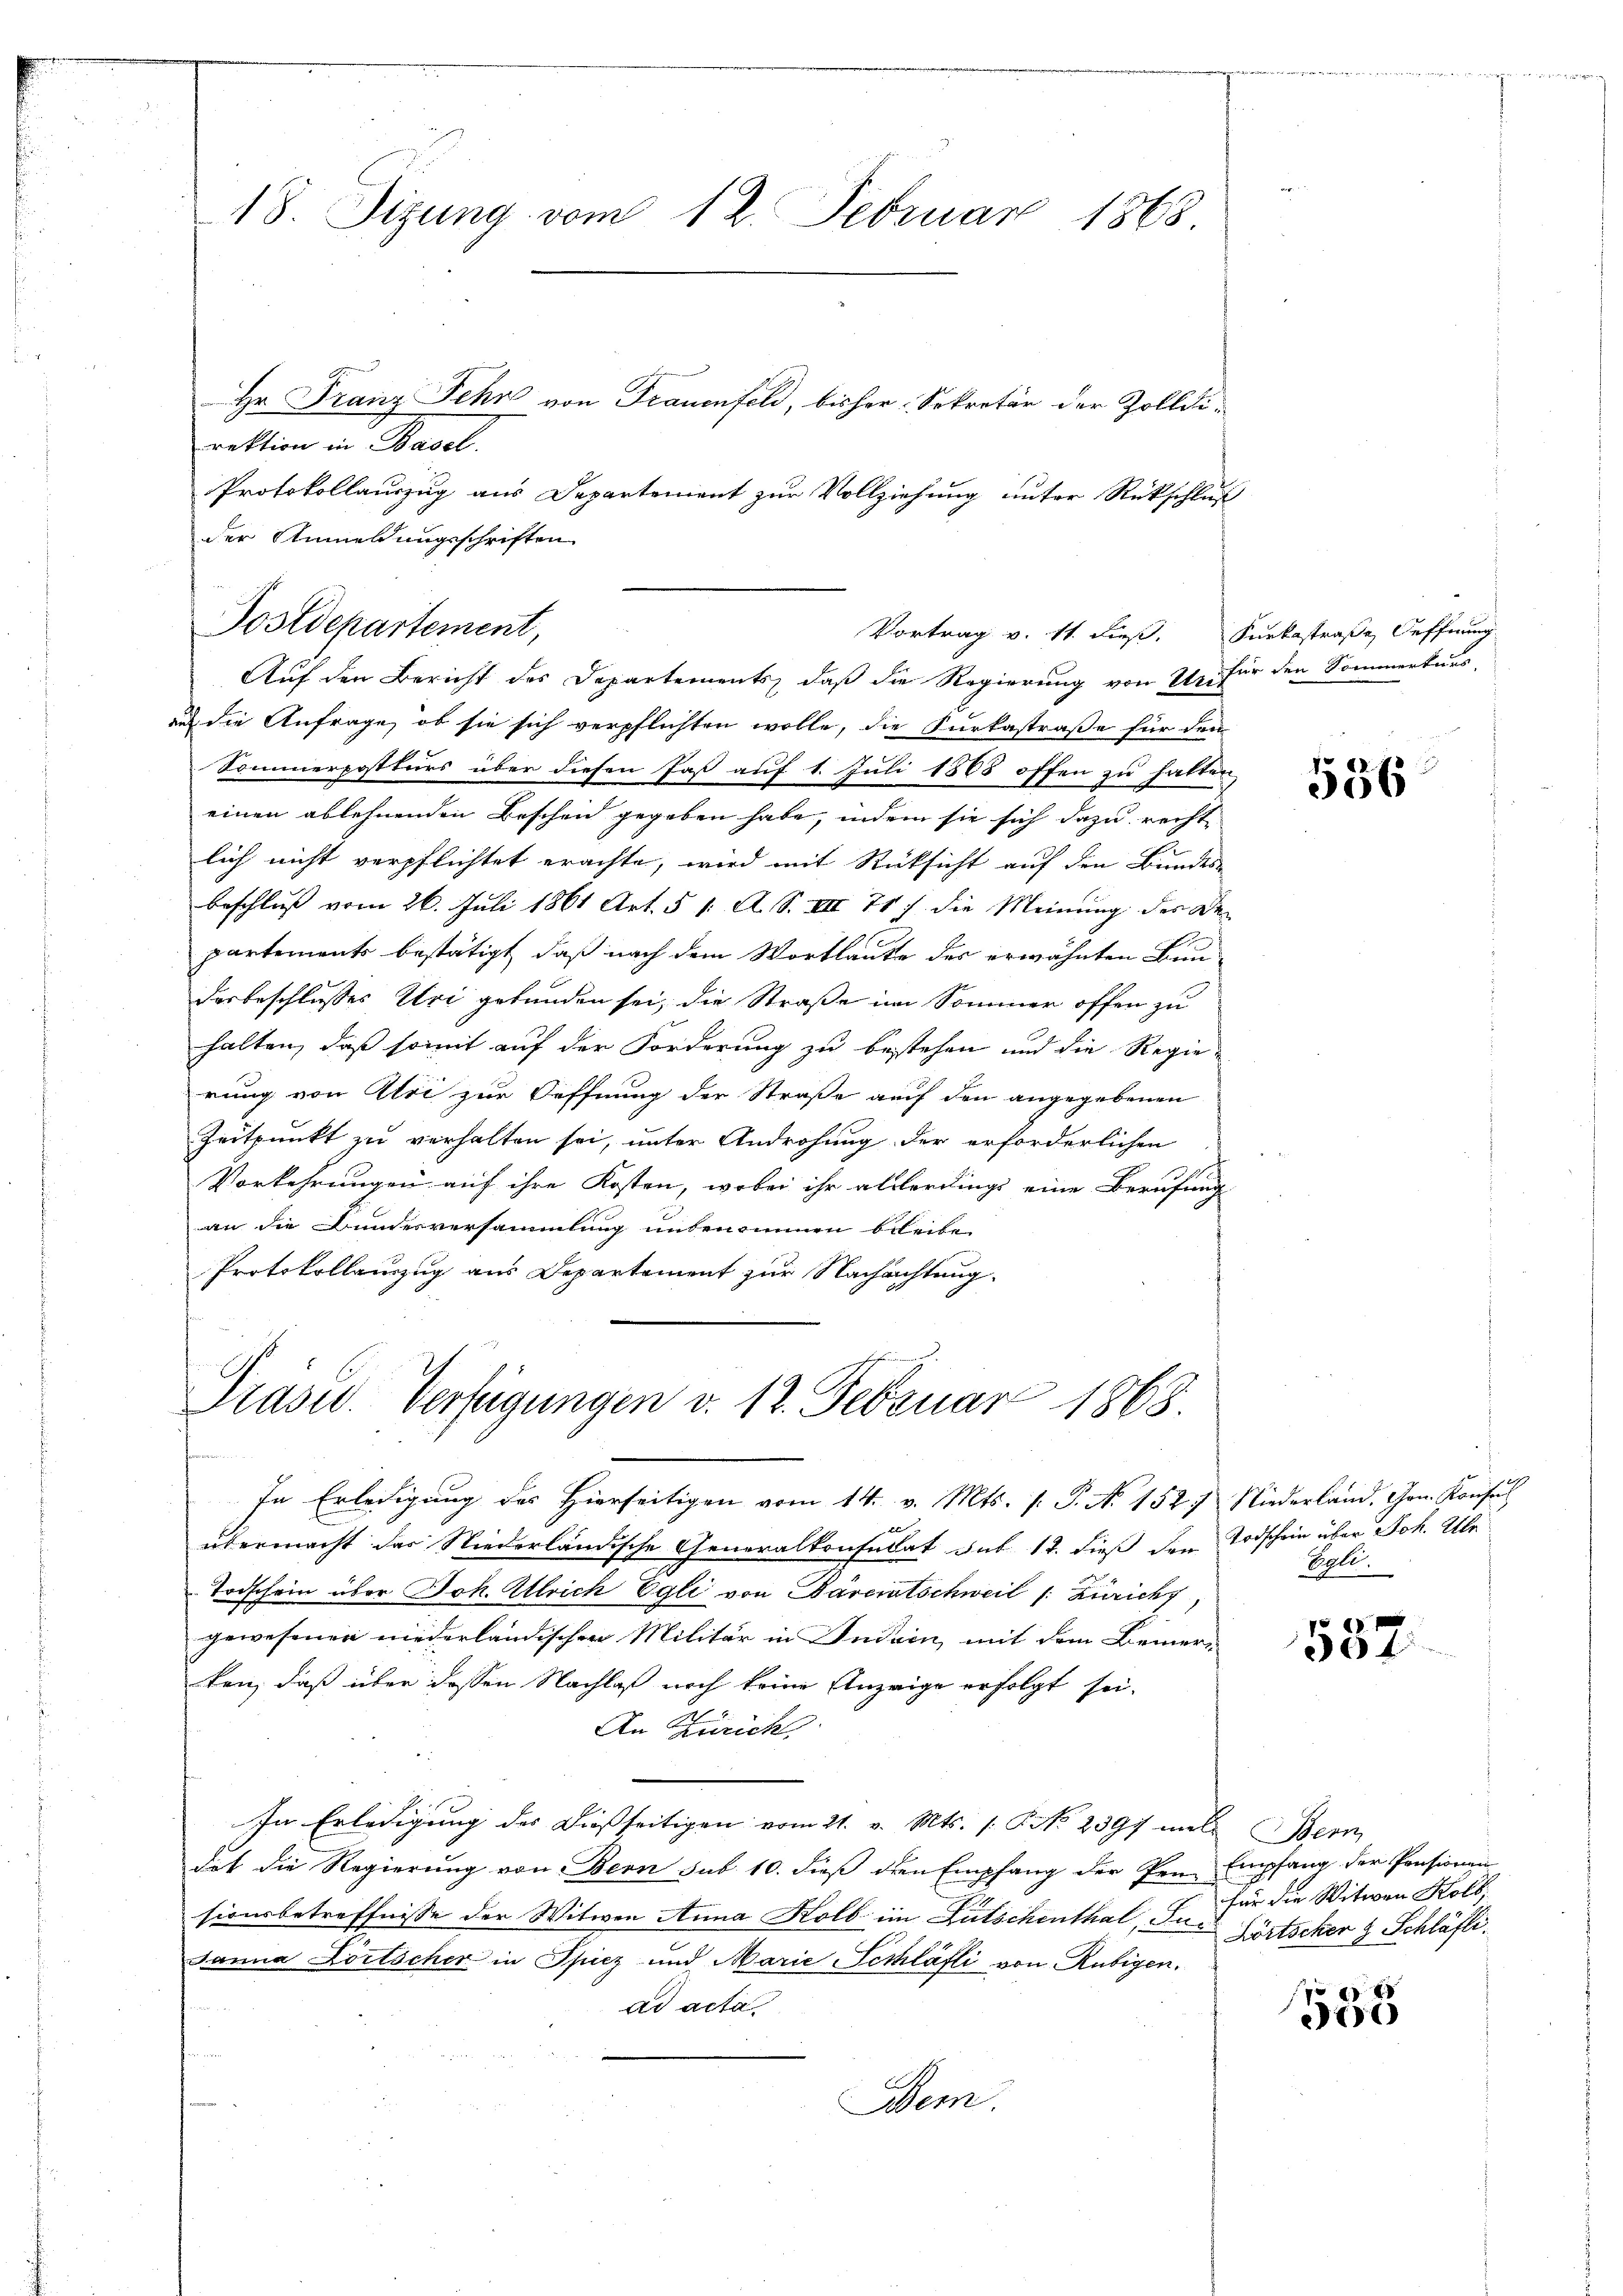
der Anmeldungsschriften

18. Sizung vom 12. Februar 1868
Hr. Franz Fehr von Frauenfeld, bisher Sekretär der Zolldirektion in Basel.
Protokollauszug aus Departement zur Vollziehung unter Rückschluß

Auf den Bericht des Departements, daß die Regierung von Uri für den Sommerkurs,
aud die Anfrage, ob sie sich verpflichten wolle, die Furkastraße für dem
Sommerpostturs über diesen Faß auf 1. Juli 1868 offen zu halten
einen ablehnenden Beschen gegeben habe, indem sie sich dazu rechte
lich nicht verpflichtet erachte, wird mit Rücksicht auf den Bundes-
beschluß vom 26. Juli 1861 Art. 51. A. S. III 71 die Meinung des De
f
partements bestätigt, daß nach dem Wortlaute des erwähnten Bundesbeschlusses Uri gebunden sei, die Straße im Sommer offen zu
halten, daß somit auf der Forderung zu bestehen und die Regie-
rung von Alii zur Oeffnung der Straße auf den angegebenen
Zeitpunkt zu verhalten sei, unter Androhung der erforderlichen
Vorkehrungen auf ihre Kosten, wobei ihr allerdings eine Berufung
an die Bundesversammlung unbenommen bleibe.
Protokollauszug aus Departement zur Nachrichtung.

Postdepartement,

Vortrag v. 11. dieß. Furkastraße Oeffnung

Prasid. Verfügungen v. 12. Februar 1868.
In Erledigung des Hierseitigen vom 14. v. Mts. f. P. No 152) Niederland, Hrn. Konsul

übermacht das Niederländische Generalkonsulat sub 12. dieß den Todschein über Joh. Ulr
Todschein über Joh. Ulrich Egli von Pareintschweil (: Zürich
gewesenen niederländischen Militär in Indein mit dem Bemer-
ken, daß über dessen Nachlaß noch keine Anzeige erfolgt sei.
An Zürich
In Erledigung des dießseitigen vom 21. v. Mts. s. S. 239 mal Bern
dat die Regierung von Bern sub. 10. dieß den Empfang der Pen Empfang der Pensionen
sionsbetreffnisse der Witwen Anna Kolb im Gutschenthal, Jur. Wirtscher & Schläfli
Janna Dortscher in Spiez und Marie-Schläfli von Rubigen.
ad acta
Bern.

536

e
Eete.

s
04

für die Witwen Kolb,

.
66